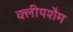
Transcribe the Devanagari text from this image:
क्लीपशैम